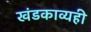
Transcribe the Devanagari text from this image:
खंडकाव्यही